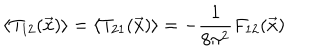
\left\langle T _ { 1 2 } ( \vec { x } ) \right\rangle = \left\langle T _ { 2 1 } ( \vec { x } ) \right\rangle = - \frac { 1 } { 8 \pi ^ { 2 } } F _ { 1 2 } ( \vec { x } )